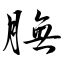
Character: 膴